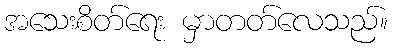
အသေးစိတ်ရေး မှာတတ်လေသည်။